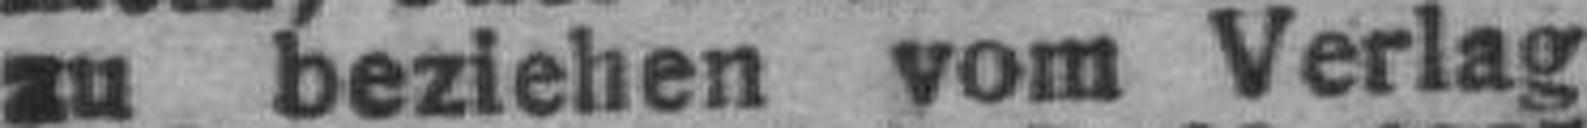
zu beziehen vom Verlag